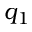
q _ { 1 }